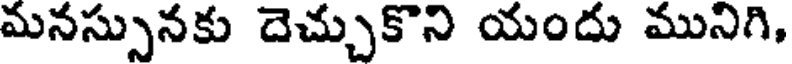
మనస్సునకు దెచ్చుకొని యందు మునిగి,